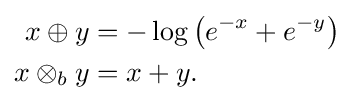
{\begin{aligned}x\oplus y&=-\log \left(e^{-x}+e^{-y}\right)\\x\otimes _{b}y&=x+y.\end{aligned}}